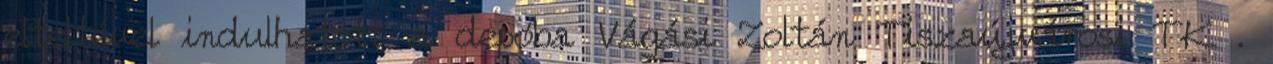
elteltével indulhatott a depóba Vágási Zoltán Tiszaújvárosi TK .